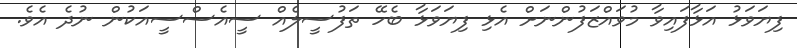
ފިޔަވަޅު އަޅާފައިވާ މުވައްޒަފުންނަށް އެޅި ފިޔަވަޅާ ބެހޭ ތަފުސީލެއް ސީއެސްސީއަކުން ނުދެ އެވެ.